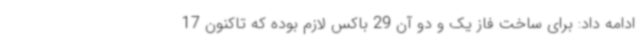
ادامه داد: برای ساخت فاز یک و دو آن 29 باکس لازم بوده که تاکنون 17